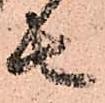
者